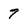
Character: 7